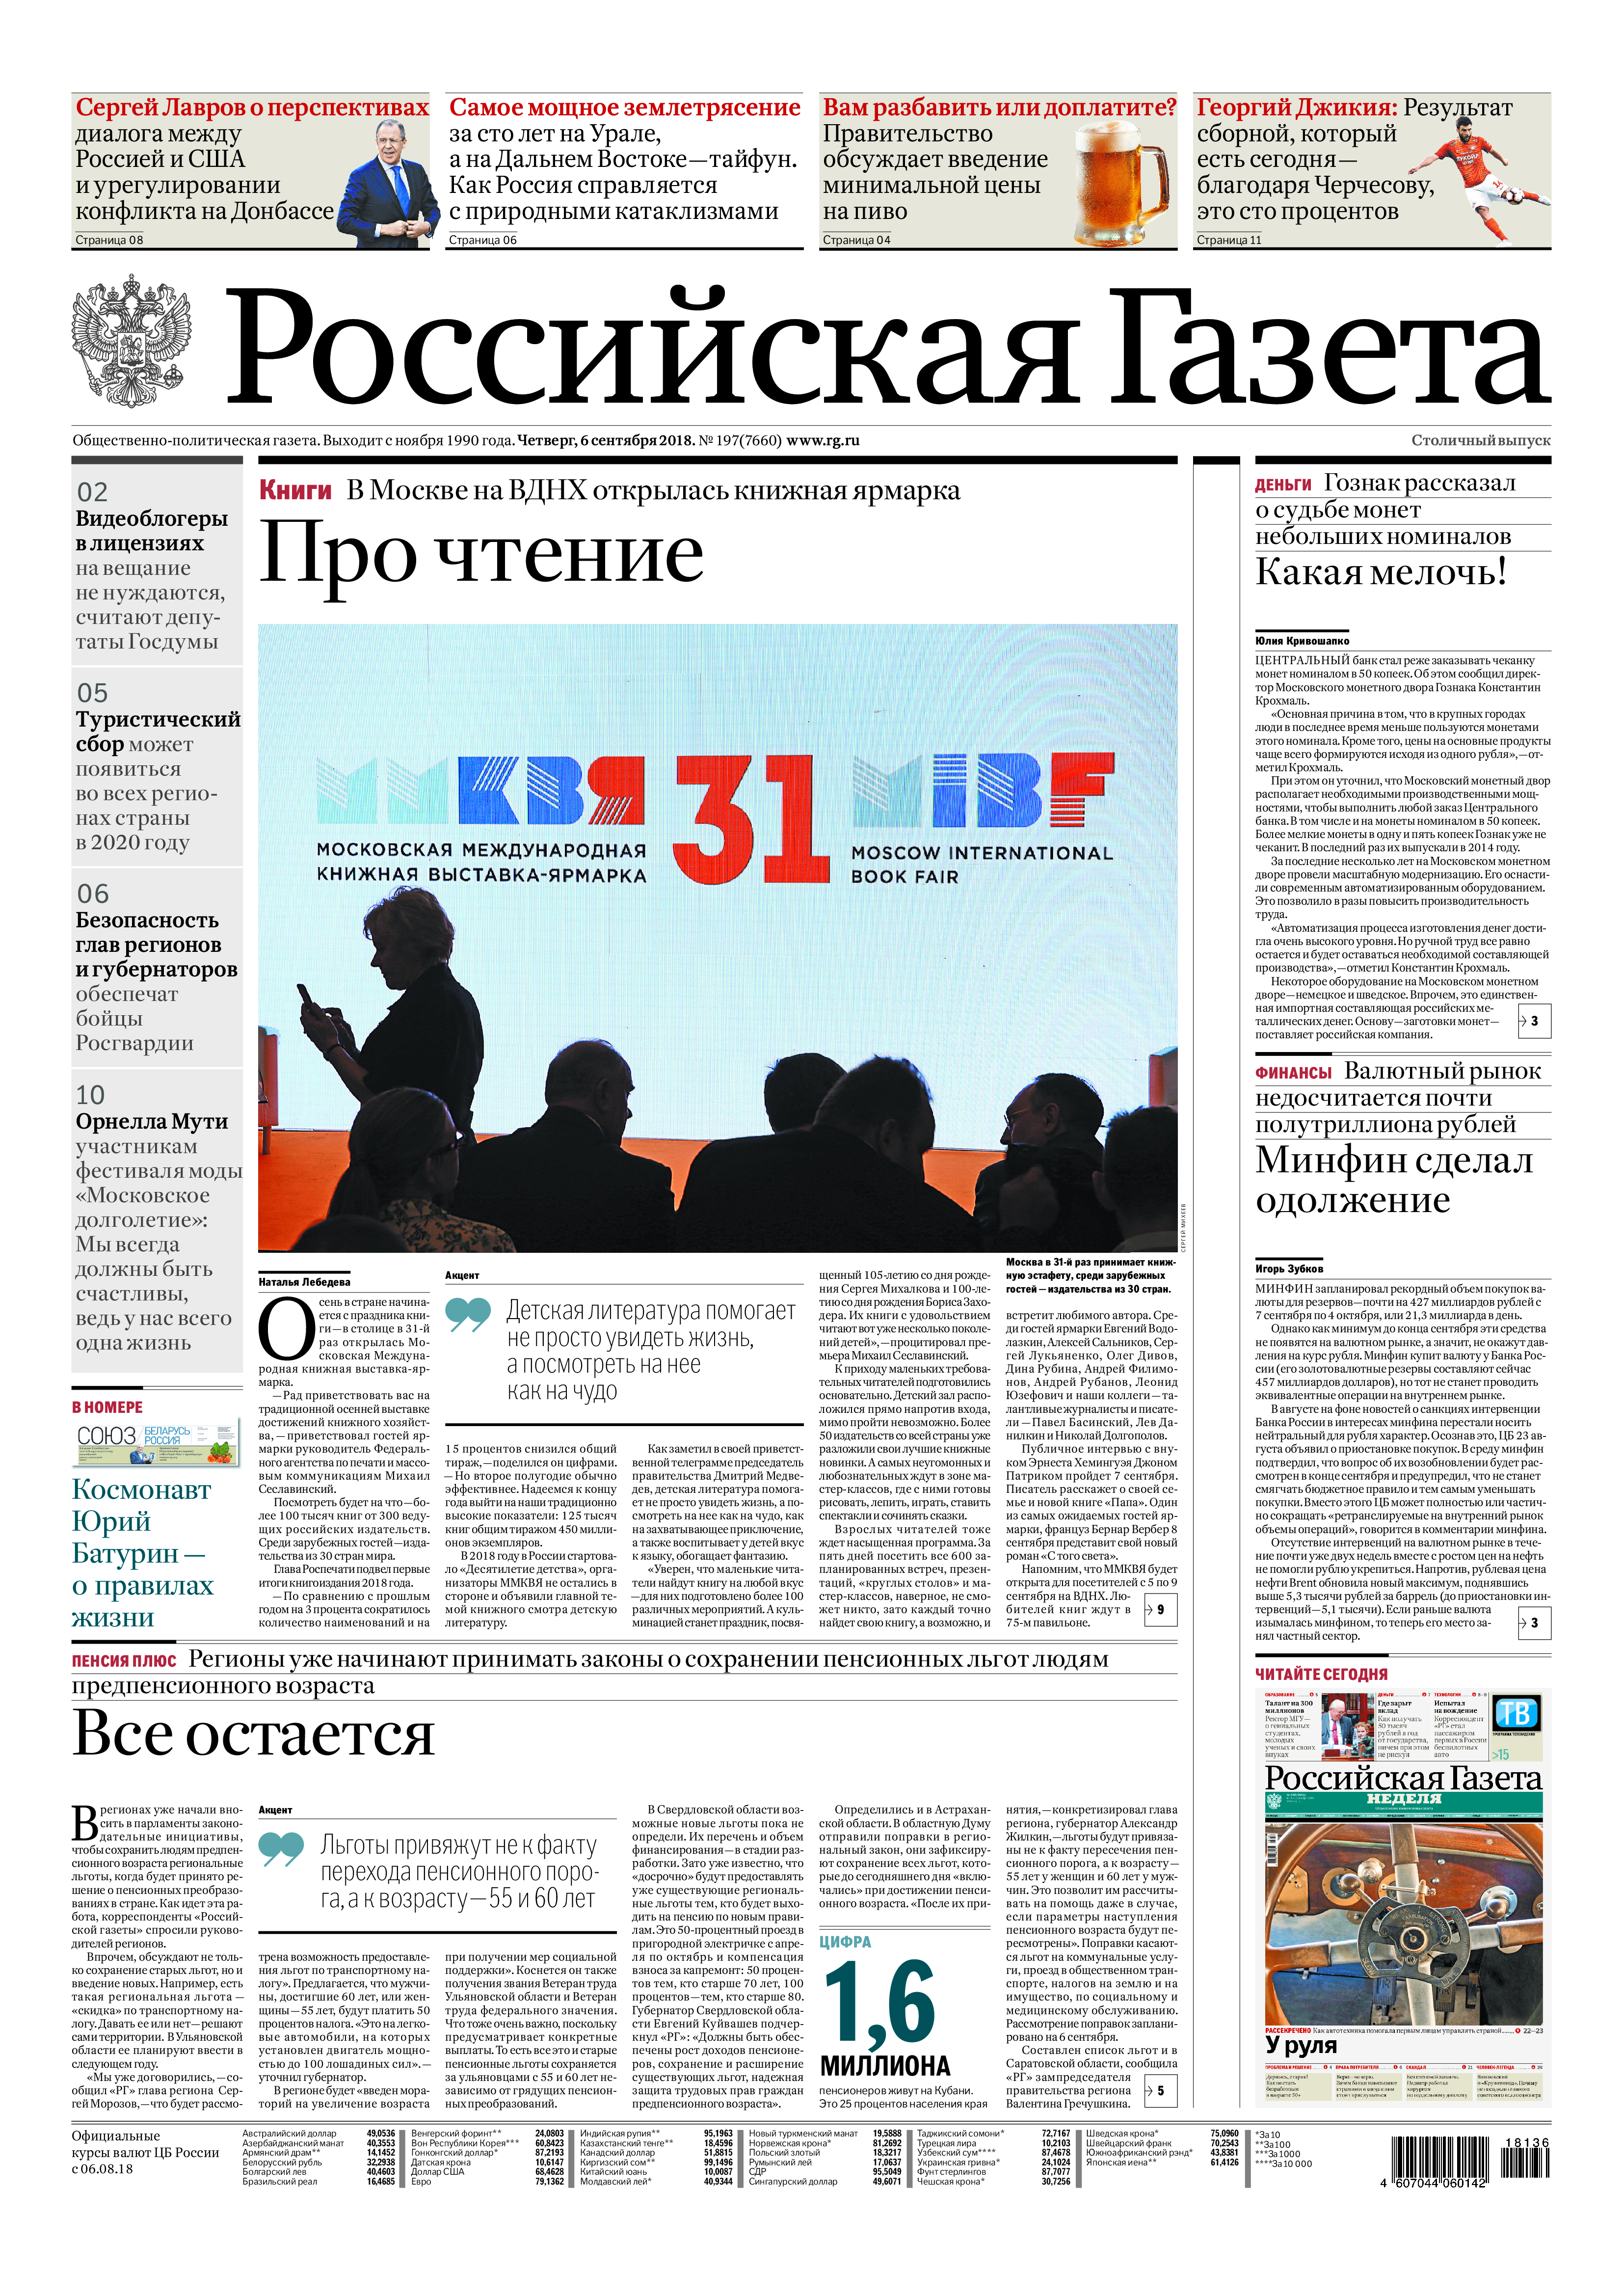
Language: ru